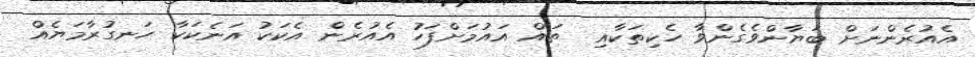
އެއުރެންނަށް ބަޔާންވެގެންވާ ހެކިތަކާއި  ތައް އައުމަށްފަހު އެއުރެން އެކަކު އަނެކަކާ ހަނގުރާމަޔެއް